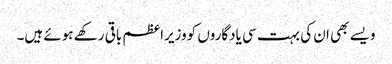
ویسے بھی ان کی بہت سی یادگاروں کووزیراعظم باقی رکھے ہوئے ہیں۔